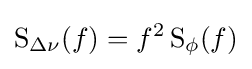
\operatorname {S} _{\Delta \nu }(f)=f^{2}\operatorname {S} _{\phi }(f)